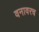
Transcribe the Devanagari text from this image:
वनावरच